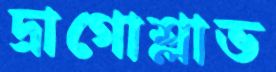
দ্রাগোশ্লাভ